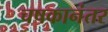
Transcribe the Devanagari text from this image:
चषकानंतर